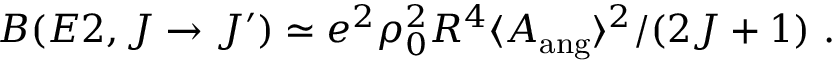
B ( E 2 , J \rightarrow J ^ { \prime } ) \simeq e ^ { 2 } \rho _ { 0 } ^ { 2 } R ^ { 4 } \langle A _ { \mathrm { a n g } } \rangle ^ { 2 } / ( 2 J + 1 ) ~ .